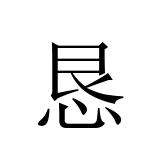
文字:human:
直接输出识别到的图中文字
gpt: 恳